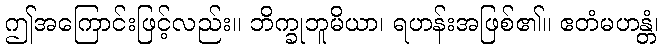
ဤအကြောင်းဖြင့်လည်း။ ဘိက္ခုဘူမိယာ၊ ရဟန်းအဖြစ်၏။ ဧတံမဟန္တံ၊